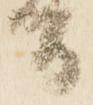
間